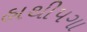
હાથીપગા